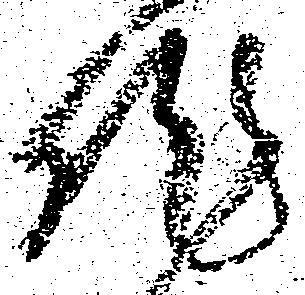
作